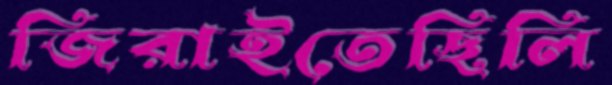
জিরাইতেছিলি